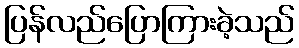
ပြန်လည်ပြောကြားခဲ့သည်